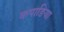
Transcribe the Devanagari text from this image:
कपाङिया